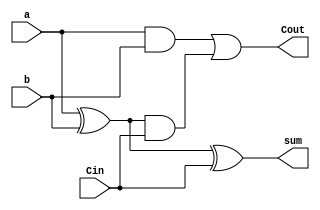
module fullAdder (
    sum,Cout,a,b,Cin
);
    input a, b , Cin;
    output reg sum, Cout;

    always @(a or b or Cin) begin
        sum = a^b^Cin;
        Cout = a&b | (a^b)&Cin ;
    end
endmodule